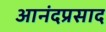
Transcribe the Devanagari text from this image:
आनंदप्रसाद